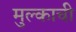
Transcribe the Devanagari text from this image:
मुल्काची